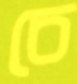
চে